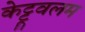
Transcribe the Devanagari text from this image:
केट्टूवलम